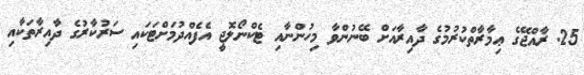
25. ރާއްޖޭގެ ޢިމާރާތްކުރުމުގެ ދާއިރާއަށް ބޭނުންވާ މިހުންނާއި ޓެކްނޯލޮޖީ އެފެއްދުމަށްޓަކައި ސަރުކާރުގެ ދާއިރާތަކާއި